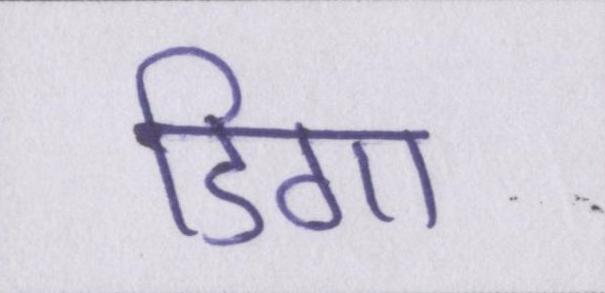
डिगा